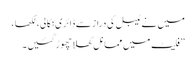
میں نے ٹیبل کی دراز سے ڈائری نکالی، لکھا ،
”فلیٹ میں مما نل کھلا چھوڑ گئیں ۔